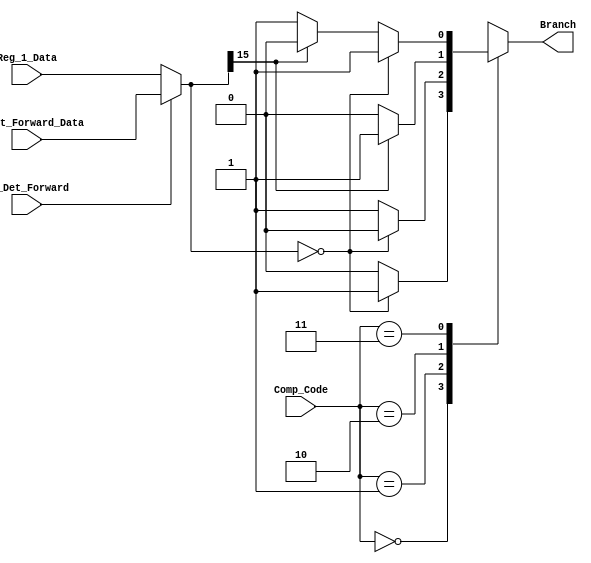
/********************************************************************************************************
/		MODULE: Branch_Logic
/		PURPOSE: Given the comparison code and Rs determine if a branch should be taken or not
/
/		INPUTS: 
/				Comp_Code[1:0] - Comparison Codes
/					00 - Equal
/					01 - Not Equal
/					10 - Less Than
/					11 - Greater Than or Equal
/				Reg_1_Data [15:0] - Data to use when determine if a branch should be taken or not.
/				PC_Forward - Use forwarded data for not
/				PC_Forward_Data [15:0] - Data forwarded from memory stage
/				
/		OUTPUTS: 
/				Branch - To branch or not, that is the question
/					
/		INTERNAL:
/				Neg - If data is negative or less than zero or not
/				Zer - If data is zero or not
********************************************************************************************************/
module Branch_Logic(Comp_Code, Reg_1_Data, PC_Det_Forward, PC_Det_Forward_Data, Branch);

	input [1:0] 	Comp_Code;
	input [15:0] 	Reg_1_Data;
	input 			PC_Det_Forward;
	input [15:0]	PC_Det_Forward_Data;
	
	output reg 		Branch;
	
	wire 			Neg;
	wire 			Zer;
	wire [15:0]		Data;
	
	assign Data = PC_Det_Forward ? PC_Det_Forward_Data : Reg_1_Data;
	
	assign Zer = Data == 16'h0000;
	assign Neg = Data[15];
	
	always @ (*) begin
		case(Comp_Code)
			2'h0: begin
				Branch = Zer ? 1'b1 : 1'b0;
			end
			
			2'h1: begin
				Branch = !Zer ? 1'b1 : 1'b0;
			end
			
			2'h2: begin
				Branch = Neg ? 1'b1 : 1'b0;
			end
			
			2'h3: begin
				Branch = Zer ? 1'b1 : (!Neg ? 1'b1 : 1'b0);
			end
		endcase
	end 

endmodule 

//Checked 3/22